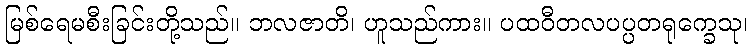
မြစ်ရေမစီးခြင်းတို့သည်။ ဘလဇာတိ၊ ဟူသည်ကား။ ပထဝီတလပပ္ပတရုက္ခေသု၊